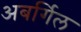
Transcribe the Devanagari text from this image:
अबर्गिल